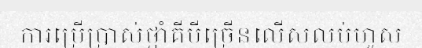
ការប្រើប្រាស់ថ្នាំគីមីច្រើនលើសលប់ហួស